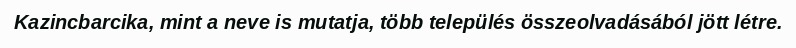
Kazincbarcika, mint a neve is mutatja, több település összeolvadásából jött létre.